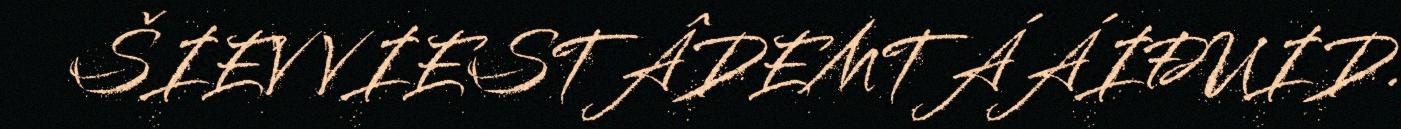
ŠIEV VIESTÂDEMTÁÁIĐUID.